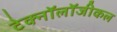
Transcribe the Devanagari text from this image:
टेक्नॉलॉजीकल